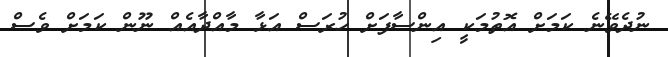
ނުދެވޭނެ ކަމަށް އޮތުމަކީ އިންސާފަށް ހުރަސް އަޅާ މާއްދާއެއް ނޫން ކަމަށް ވެސް